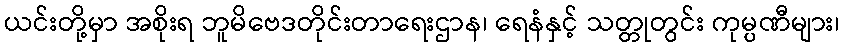
ယင်းတို့မှာ အစိုးရ ဘူမိဗေဒတိုင်းတာရေးဌာန၊ ရေနံနှင့် သတ္တုတွင်း ကုမ္ပဏီများ၊